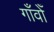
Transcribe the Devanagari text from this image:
गाँवोँ